Report on the working of the Ranchi Indian Mental Hospital, Kanke, in Bihar and Orissa - 1930-1940
Year: 1930
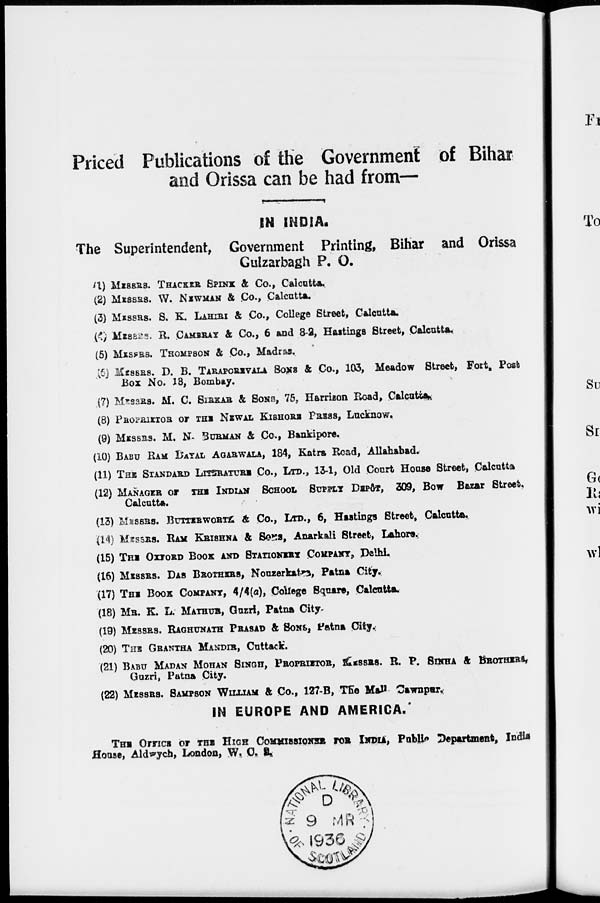
Priced Publications of the Government of Bihar
and Orissa can be had from—
IN INDIA.
The Superintendent, Government Printing, Bihar and Orissa
Gulzarbagh P. O.
(1) MESSRS. THACKER SPINK & Co., Calcutta.
(2) MESSRS. W. NEWMAN & Co., Calcutta.
(3) MESSRS. S. K. LAHIRI & Co., College Street, Calcutta.
(4) MESSRS. B. CAMERAY & Co., 6 and 8-2, Baitings Street, Calcutta.
(5) MESSRS. THOMPSON & Co., Madras.
(6) MESSRS. D. B. TARAPORIVALA SONS & Co., 103, Meadow Street, Fort. Post
Box No. 18, Bombay.
(7) MESSRS. M. C. SIRKAR & SONS, 75, Harmon Road, Calcutta.
(8) PROPRIETOR or THE NEWAL KISHORE PRESS, Lucknow.
(9) MESSRS. M. N. BURMAN & Co., Bankipore.
(10) BABU RAM DAYAL AGARWALA, 184, Katra Road, Allahabad.
(11) THE STANDARD LITERATURE Co., LTD., 13-1, Old Court House Street, Calcutta
(12) MANAGER or THE INDIAN SCHOOL SUPPLY DEPÔT, 309, Bow Bazar Street.
Calcutta.
(13) MESSRS. BUTTERWORTE & Co., LTD., 6, Hastings Street, Calcutta.
(14) MESSRS. RAM KRISHNA & SONS, Anarkali Street, Lahore.
(15) THE OXFORD BOOK AND STATIONERY COMPANY, Delhi.
(16) MESSRS. DAS BROTHERS, Nouzerkates, Patna City.;
(17) THE BOOK COMPANY, 4/4(a), College Square, Calcutta.
(18) MR. K. L. MATHUR, Guzri, Patna City.
(19) MESSRS. RAGHUNATH PRASAD & SONS, Patna City.
(20) THE GRANTHA MANDIR, Cuttack.
(21) BABU MADAN MOHAN SINGH, PROPRIETOR, MESSRS. R. P. SINHA & BROTHERS,
Guzri, Patna City.
(22) MESSRS. SAMPSON WILLIAM & Co., 127-B, The Mall Cawnpur.
IN EUROPE AND AMERICA.
THE OFFICE or THE HIGH COMMISSIONER FOR INDIA, Public Department, India
House, Aldwych, London, W. C. S.